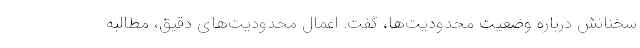
سخنانش درباره وضعیت محدودیت‌ها، گفت: اعمال محدودیت‌های دقیق، مطالبه